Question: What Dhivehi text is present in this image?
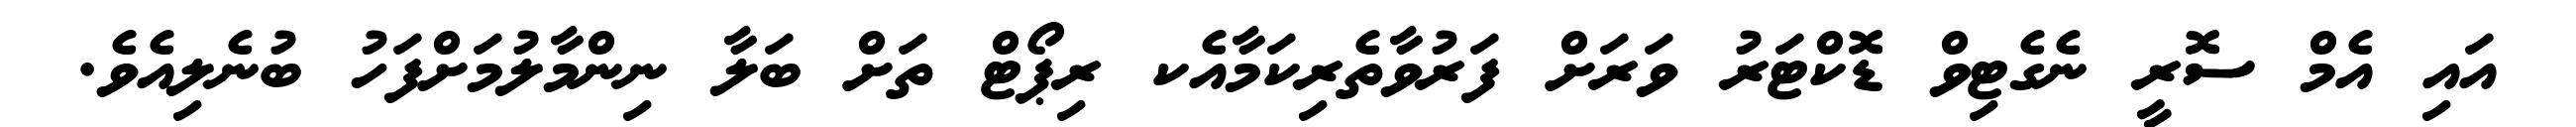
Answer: އައި އެމް ސޮރީ ނެގެޓިވް ޑޮކްޓަރު ވަރަށް ފަރުވާތެރިކަމާއެކ ރިޕޯޓް ތަށް ބަލާ ނިންމާލުމަށްފަހު ބުނެލިއެވެ.